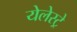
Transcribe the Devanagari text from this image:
येलेस्ट्रे